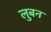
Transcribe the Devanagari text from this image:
लुबन